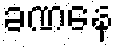
ခဏနေ